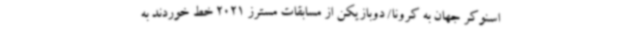
اسنوکر جهان به کرونا/ دوبازیکن از مسابقات مسترز 2021 خط خوردند به